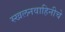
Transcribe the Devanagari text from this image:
स्खलनवाहिनीचे